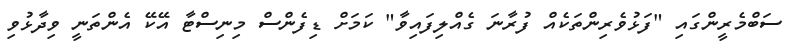
ސަބްމެރީންގައި "ފަޅުވެރިންތަކެއް ފުރާނަ ގެއްލިފައިވާ" ކަމަށް ޑިފެންސް މިނިސްޓާ އޭކޭ އެންތަނީ ވިދާޅުވި